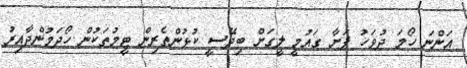
އަންނަ ހޯމަ ދުވަހު ފަށާ ގައުމީ ލީގަށް ބިދޭސީ ކުޅުންތެރިން ޓީމުތަކުން ހޯދަމުންދާއިރު